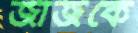
জাজকে